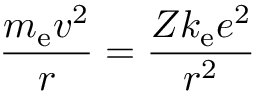
{ \frac { m _ { \mathrm { e } } v ^ { 2 } } { r } } = { \frac { Z k _ { \mathrm { e } } e ^ { 2 } } { r ^ { 2 } } }